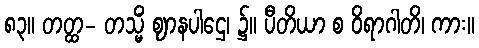
၈၃။ တတ္ထ- တသ္မိံ ဈာနပါဌေ၊ ၌။ ပီတိယာ စ ဝိရာဂါတိ၊ ကား။